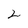
Character: 2